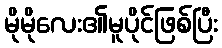
မိုမိုလေး၏မူပိုင်ဖြစ်ပြီး